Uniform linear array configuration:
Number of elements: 12
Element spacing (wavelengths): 0.25
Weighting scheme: hann
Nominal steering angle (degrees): -15
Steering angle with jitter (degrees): -15.027
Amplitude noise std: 0.05
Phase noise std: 0.05

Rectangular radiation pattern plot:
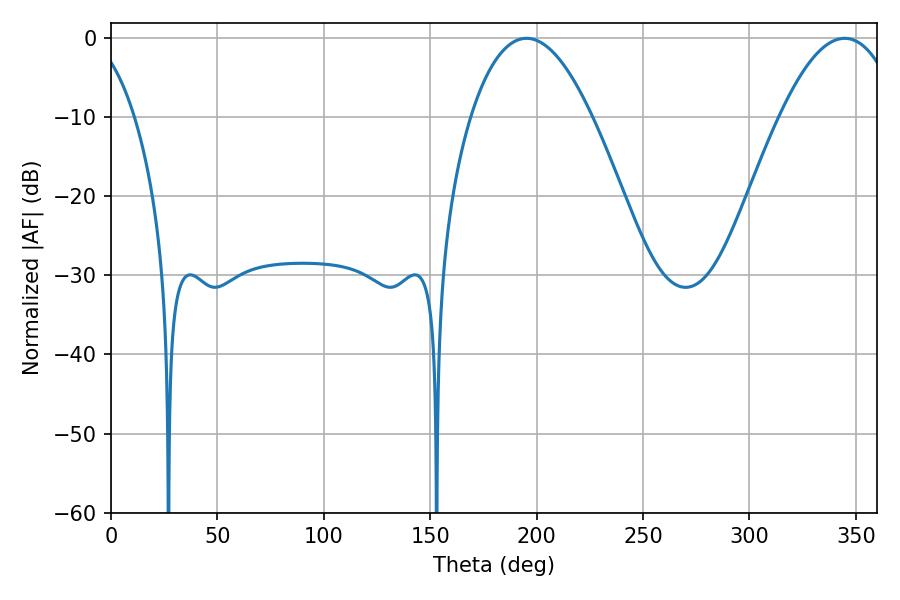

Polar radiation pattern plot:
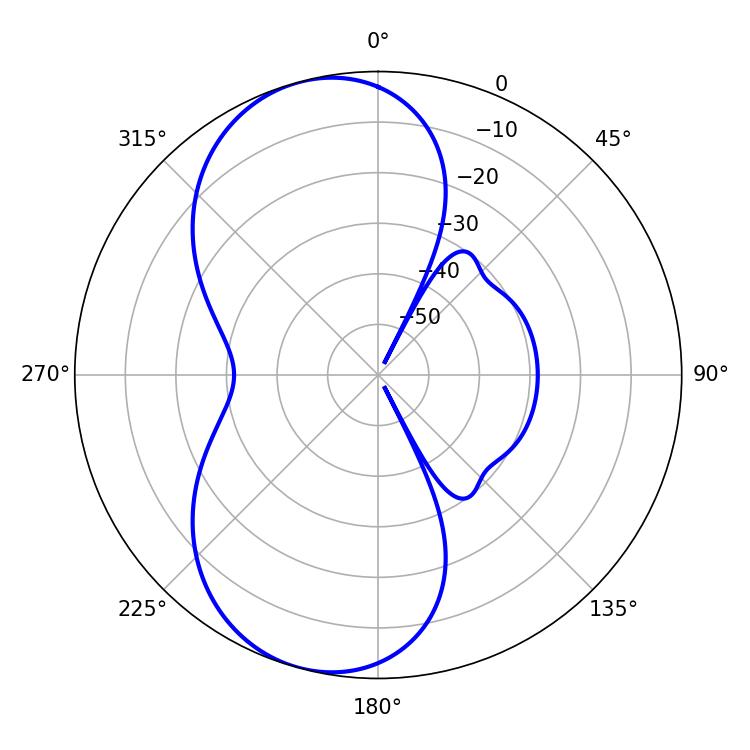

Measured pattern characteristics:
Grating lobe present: FALSE
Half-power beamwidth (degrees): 31.5
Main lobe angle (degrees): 195.3